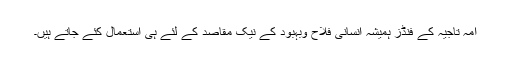
امہ تاجیہ کے فنڈز ہمیشہ انسانی فلاح وبہبود کے نیک مقاصد کے لئے ہی استعمال کئے جاتے ہیں۔